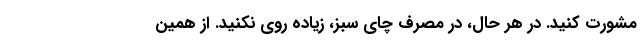
مشورت کنید. در هر حال، در مصرف چای سبز، زیاده روی نکنید. از همین